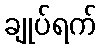
ချုပ်ရက်